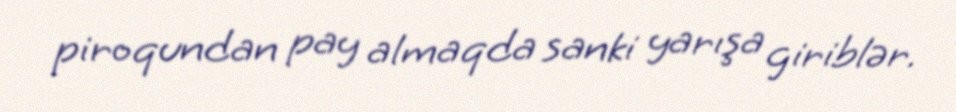
piroqundan pay almaqda sanki yarışa giriblər.